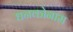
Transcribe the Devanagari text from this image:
धनकोनाम